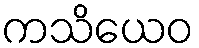
ကသိယေဝ